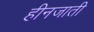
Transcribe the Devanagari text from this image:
हीनजाती